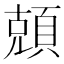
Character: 𬱆